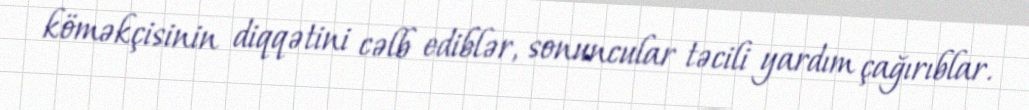
köməkçisinin diqqətini cəlb ediblər, sonuncular təcili yardım çağırıblar.